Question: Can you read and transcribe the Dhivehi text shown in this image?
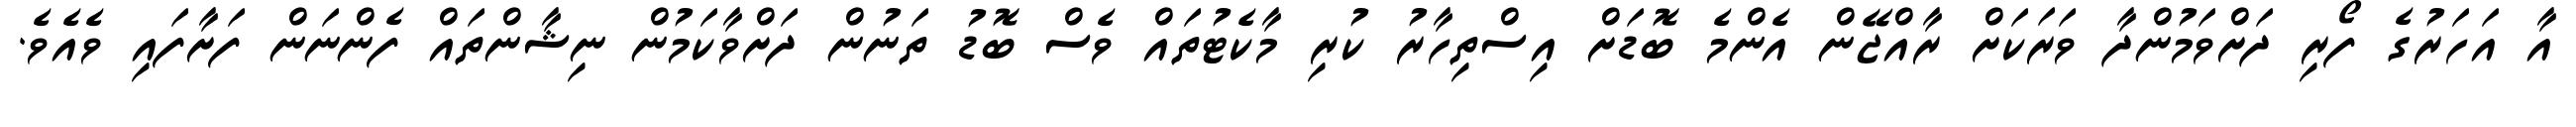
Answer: އާ އަހަރުގެ ފޯރި ދަށްވަމުންދާ ވަރަކަށް ރާއްޖޭން އެންމެ ބޮޑަށް އިސްތިހާރު ކުރި މާކެޓުތައް ވެސް ބޮޑު ތަނުން ދަށްވާކަމުން ނިޝާންތައް ފެންނަން ފަށާފައި ވެއެވެ.